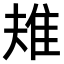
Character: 𨾚